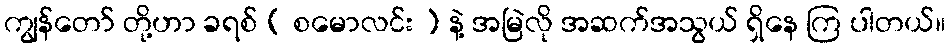
ကျွန်တော် တို့ဟာ ခရစ် ( စမောလင်း ) နဲ့ အမြဲလို အဆက်အသွယ် ရှိနေ ကြ ပါတယ်။